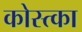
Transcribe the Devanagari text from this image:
कोस्त्का